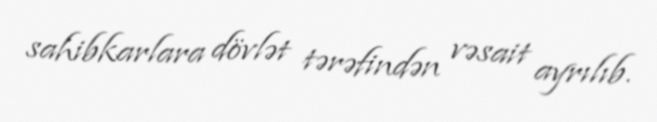
sahibkarlara dövlət tərəfindən vəsait ayrılıb.